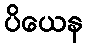
ပိယေန